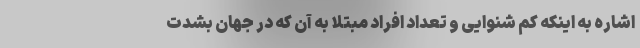
اشاره به اینکه کم شنوایی و تعداد افراد مبتلا به آن که در جهان بشدت